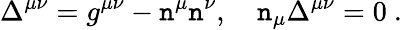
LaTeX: \Delta^{\mu\nu}=g^{\mu\nu}-\mathtt{n}^{\mu}\mathtt{n}^{\nu},\quad\mathtt{n}_{\mu}\Delta^{\mu\nu}=0\mathrm{{~.}}